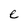
Character: e